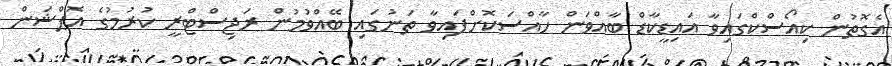
އެގޮތުން ކިއޯސްކްގައިވާ އައިޑީކާޑް ބާއްވަން ހާއްސަކޮށްފައިވާ ތަނުގައި ބޭއްވުމުން ރަޖިސްޓްރީ ކުރުމުގެ އޮޕްޝަން